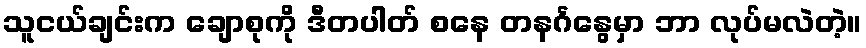
သူငယ်ချင်းက ချောစုကို ဒီတပါတ် စနေ တနင်္ဂနွေမှာ ဘာ လုပ်မလဲတဲ့။